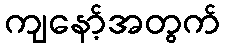
ကျနော့်အတွက်